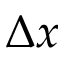
\Delta x